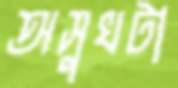
অসুখটা